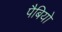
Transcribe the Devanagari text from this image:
पैबियो